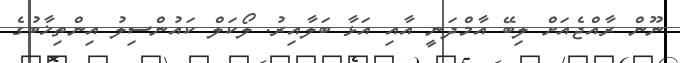
ނޫން ރާއްޖެއަށް ލިބޭ އާމްދަނީ އާއި އަޅާ ބަލާއިރު. ލޯކަލް ކައުންސިލު އިންތިޚާބުގެ